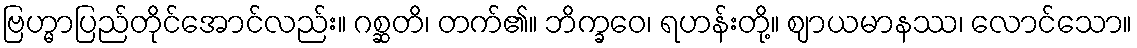
ဗြဟ္မာပြည်တိုင်အောင်လည်း။ ဂစ္ဆတိ၊ တက်၏။ ဘိက္ခဝေ၊ ရဟန်းတို့။ ဈာယမာနဿ၊ လောင်သော။